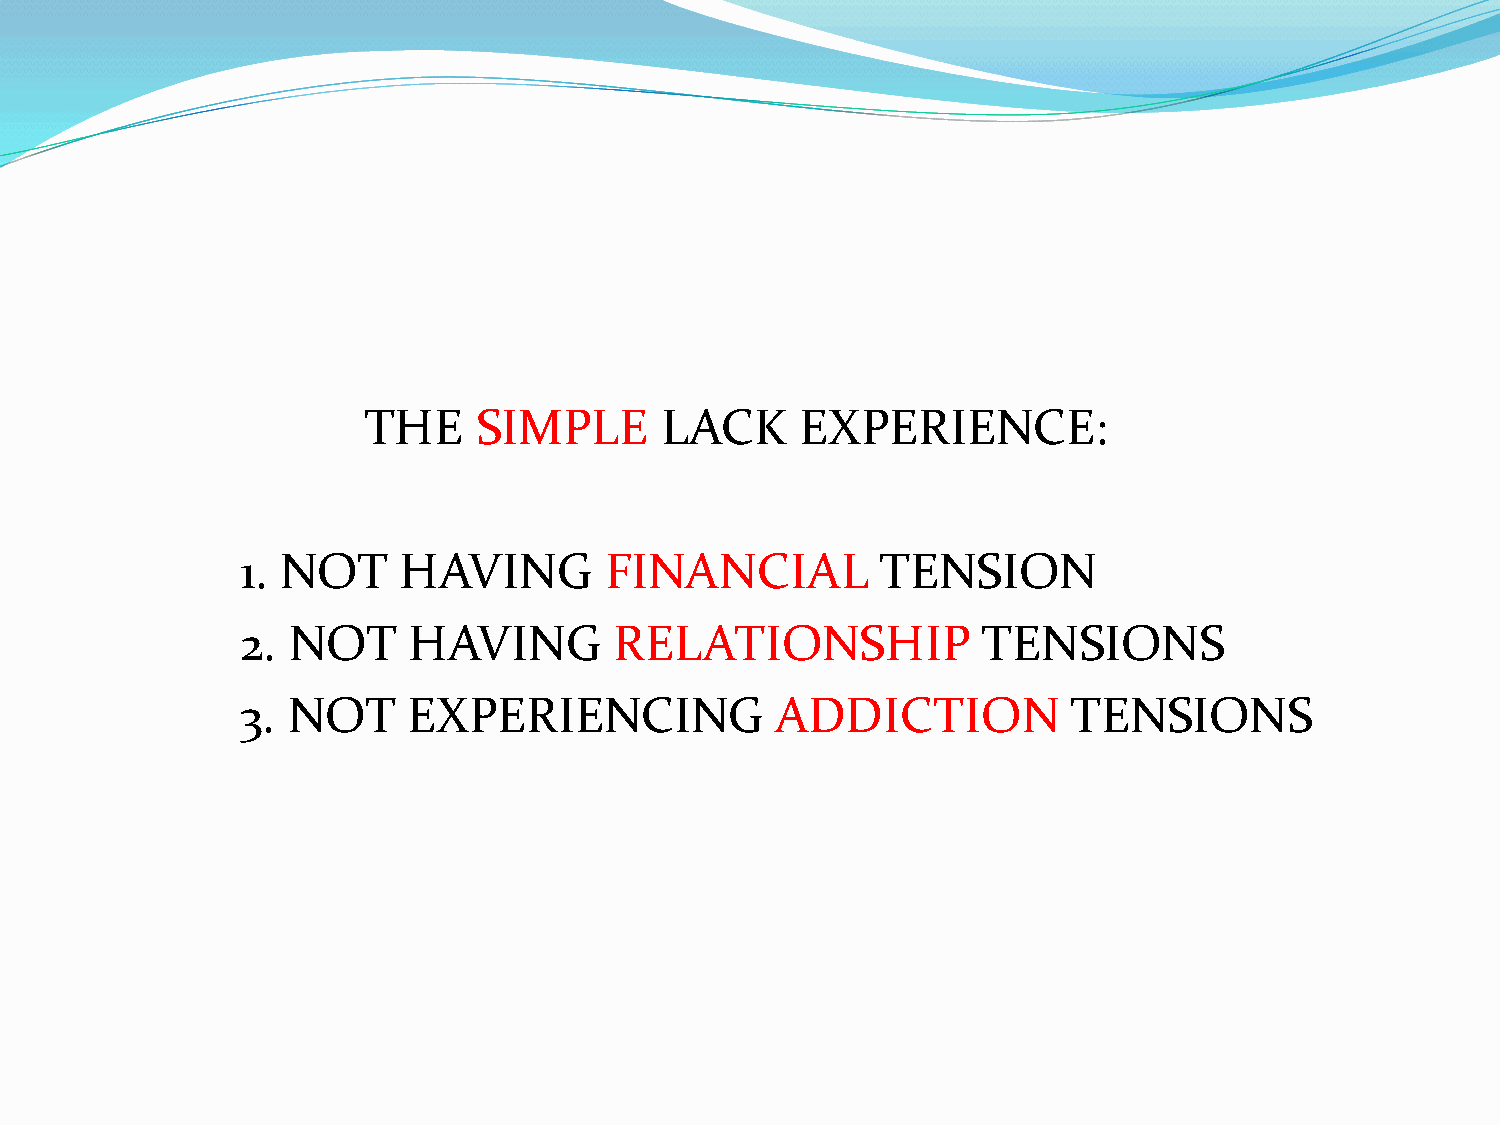
THE     SIMPLE      LACK     EXPERIENCE:
 1. NOT    HAVING        FINANCIAL         TENSION
 2. NOT     HAVING        RELATIONSHIP            TENSIONS
 3. NOT     EXPERIENCING            ADDICTION           TENSIONS